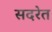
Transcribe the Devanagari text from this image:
सदरेत